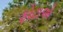
ફોટાએ